Lunatic asylums Punjab 1895-1910 - 1895-1910
Year: 1895
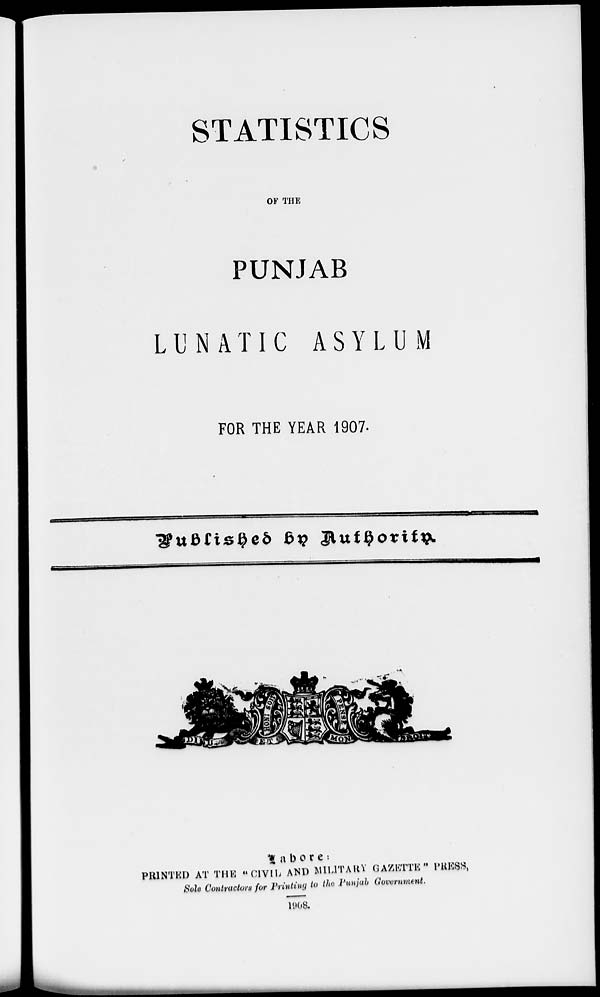
STATISTICS
OF THE
PUNJAB
LUNATIC ASYLUM
FOR THE YEAR 1907.
Published by Authority.
Lahore :
PRINTED AT THE "CIVIL AND MILITARY GAZETTE" PRESS,
Sole Contractors for Printing to the Punjab Government.
1908.